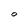
Character: O